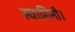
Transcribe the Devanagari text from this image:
स्वामिनी।